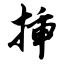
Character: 插